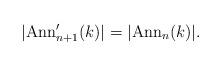
LaTeX: \begin{align*} |\mathrm{Ann}'_{n+1}(k)|=|\mathrm{Ann}_{n}(k)|. \end{align*}